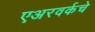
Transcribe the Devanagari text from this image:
एअरवर्कचे